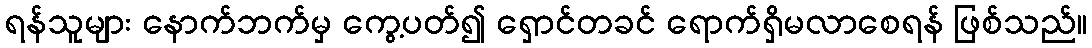
ရန်သူများ နောက်ဘက်မှ ကွေ့ပတ်၍ ရှောင်တခင် ရောက်ရှိမလာစေရန် ဖြစ်သည်။